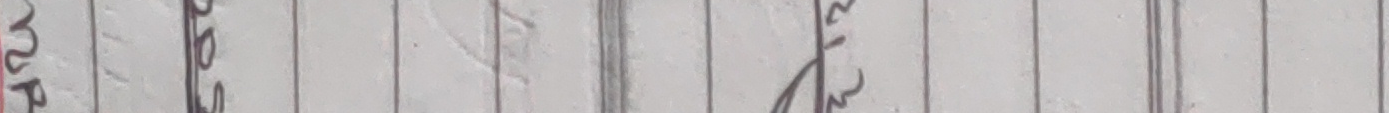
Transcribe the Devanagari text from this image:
प्र २०र २ई१३